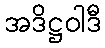
အဒိဋ္ဌဝါဒီ